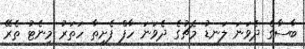
ބާސާގެ ދެވަނަ ލަނޑު މެޗުގެ ދެވަނަ ހާފް ފެށިތާ ހަތަރު މިނެޓު ތެރޭ